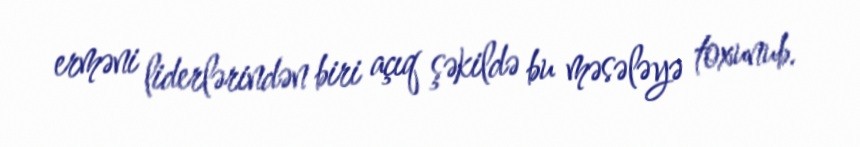
erməni liderlərindən biri açıq şəkildə bu məsələyə toxunub.